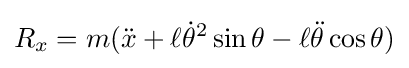
R_{x}=m({\ddot {x}}+\ell {\dot {\theta }}^{2}\sin \theta -\ell {\ddot {\theta }}\cos \theta )